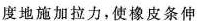
度地施加拉力，使橡皮条伸